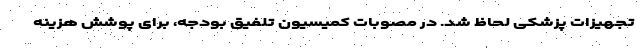
تجهیزات پزشکی لحاظ شد. در مصوبات کمیسیون تلفیق بودجه، برای پوشش هزینه